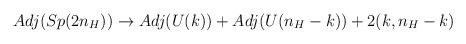
LaTeX: \begin{align*}Adj(Sp(2n_H)) \to Adj(U(k)) + Adj(U(n_H-k)) + 2(k,n_H-k)\end{align*}